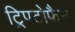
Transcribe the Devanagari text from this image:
ट्रिपटोफैन